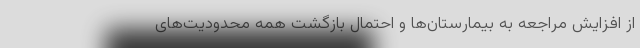
از افزایش مراجعه به بیمارستان‌ها‌ و احتمال بازگشت همه محدودیت‌های